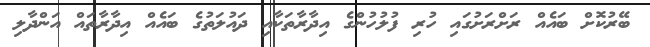
ބޭރުކޮށް ބައެއް ރަށްރަށުގައި ހުރި ފުލުހުންގެ އިދާރާތަކާއި ދައުލަތުގެ ބައެއް އިދާރާތައް އަންދާލި